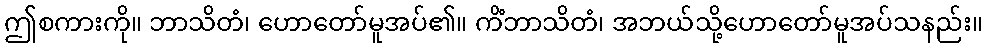
ဤစကားကို။ ဘာသိတံ၊ ဟောတော်မူအပ်၏။ ကိံဘာသိတံ၊ အဘယ်သို့ဟောတော်မူအပ်သနည်း။